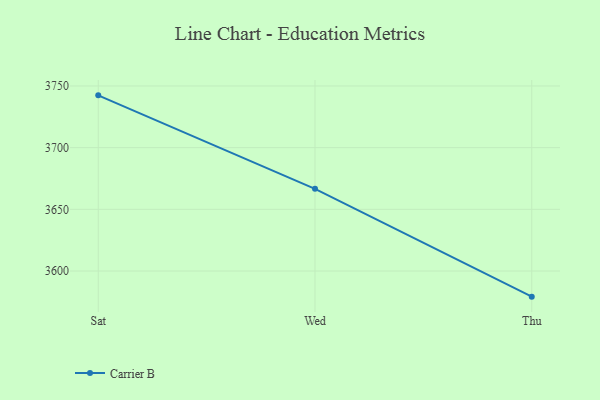
{"axis": {"x": "Day", "y": "Budget (USD K)"}, "legend": ["Carrier B"], "data": [{"x": "Sat", "y": 3742.4, "type": "Carrier B"}, {"x": "Wed", "y": 3666.6, "type": "Carrier B"}, {"x": "Thu", "y": 3579.2, "type": "Carrier B"}]}